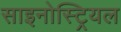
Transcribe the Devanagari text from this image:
साइनोस्ट्रियल